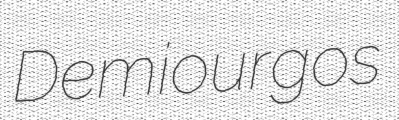
Demiourgos